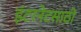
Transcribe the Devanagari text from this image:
इंटरनेटसाठी